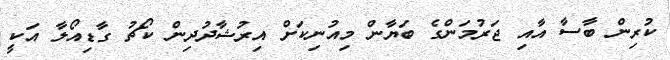
ކުރިން ބާސާ އާއި ޖަރުމަންގެ ބަޔާން މިއުނިކަށް އިރުޝާދުދިން ކޯޗު ގާޑިއޯލާ އަކީ